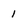
Character: 1